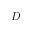
D